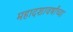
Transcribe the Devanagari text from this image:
महादशावर्षांच्या